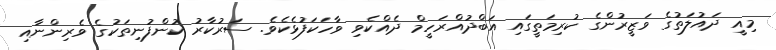
މިއީ ދައުލަތުގެ ވަޒީރުންގެ ކުރިމަތީގައި އަބްދުއްރަހީމް ދެއްކެވި ވާހަކަފުޅެކެވެ. ސަރުކާރު ކުންފުނިތަކުގެ ވެރިންނާއި